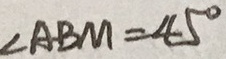
\angle A B M = 4 5 ^ { \circ }